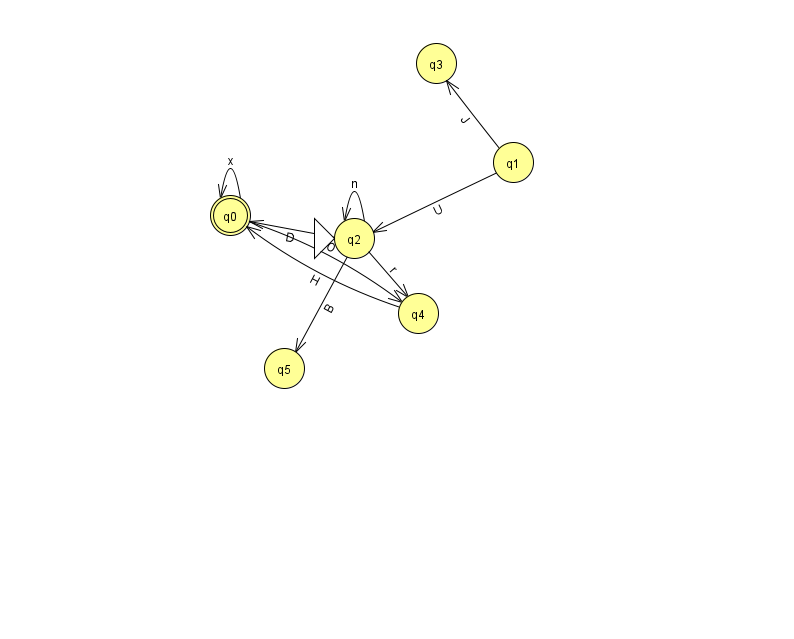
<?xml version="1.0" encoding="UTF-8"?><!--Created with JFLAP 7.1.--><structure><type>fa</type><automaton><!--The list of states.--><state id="0" name="q0"><x>230.0</x><y>202.0</y><final/></state><state id="1" name="q1"><x>513.0</x><y>149.0</y></state><state id="2" name="q2"><x>354.0</x><y>225.0</y><initial/></state><state id="3" name="q3"><x>436.0</x><y>50.0</y></state><state id="4" name="q4"><x>418.0</x><y>300.0</y></state><state id="5" name="q5"><x>284.0</x><y>355.0</y></state><!--The list of transitions.--><transition><from>1</from><to>2</to><read>U</read></transition><transition><from>2</from><to>5</to><read>B</read></transition><transition><from>0</from><to>0</to><read>x</read></transition><transition><from>4</from><to>0</to><read>H</read></transition><transition><from>2</from><to>0</to><read>D</read></transition><transition><from>1</from><to>3</to><read>J</read></transition><transition><from>2</from><to>4</to><read>r</read></transition><transition><from>2</from><to>2</to><read>n</read></transition><transition><from>0</from><to>4</to><read>O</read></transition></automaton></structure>